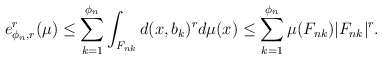
\begin{align*}e_{\phi_{n},r}^{r}(\mu)\leq\sum_{k=1}^{\phi_{n}}\int_{F_{nk}}d(x,b_{k})^{r}d\mu(x)\leq\sum_{k=1}^{\phi_{n}}\mu(F_{nk})|F_{nk}|^{r}.\end{align*}